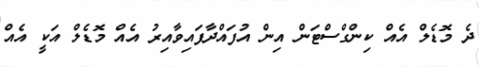
ދެ މޮޑެލް އެއް ކިންގްސްޓަން އިން އުފައްދާފައިވާއިރު އެއް މޮޑެލް އަކީ އެއް